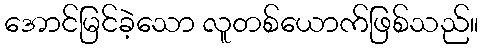
အောင်မြင်ခဲ့သော လူတစ်ယောက်ဖြစ်သည်။